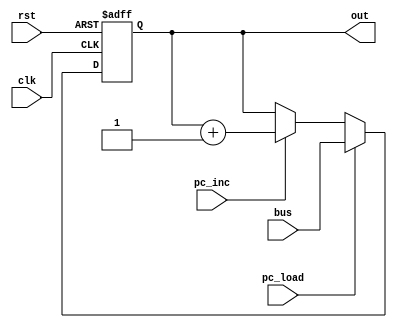
module pc(
	input clk,
	input rst,
	input pc_inc,
	input pc_load,
	input [15:0] bus,
	output [15:0] out);
	
reg [15:0] pc_reg;

always @(posedge clk, posedge rst) begin
	if(rst) pc_reg<=16'b0;
	else if(pc_load) pc_reg<=bus;
	else if(pc_inc) pc_reg<=pc_reg+1;
end

assign out=pc_reg;

endmodule